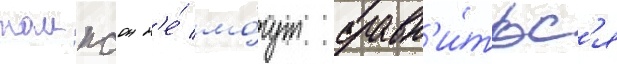
томпсон н'е́ мо́гут сравн'и́тьс'я